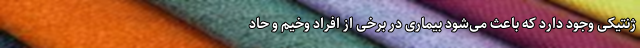
ژنتیکی وجود دارد که باعث می‌شود بیماری در برخی از افراد وخیم و حاد